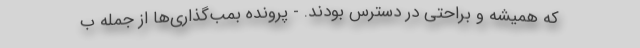
که همیشه و براحتی در دسترس بودند. - پرونده بمب‌گذاری‌ها از جمله ب